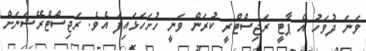
ވަނަ ދުވަހު އެ ޕާޓީ ރަޖިސްޓްރީ ކުރަން ވަނީ ހުށަހަޅައިފަ އެވެ. ރަޖިސްޓްރޭޝަނަށް